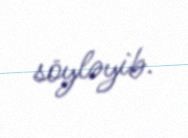
söyləyib.